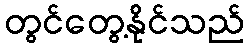
တွင်တွေ့နိုင်သည်